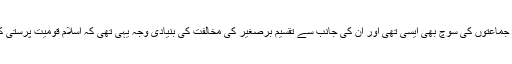
بہت سی دیگر مسلم جماعتوں کی سوچ بھی ایسی تھی اور ان کی جانب سے تقسیم برصغیر کی مخالفت کی بنیادی وجہ یہی تھی کہ اسلام قومیت پرستی کی اجازت نہیں دیتا۔